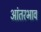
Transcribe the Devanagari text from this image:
आंतरभाव